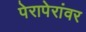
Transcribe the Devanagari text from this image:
पेरापेरांवर